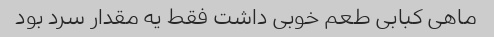
ماهی کبابی طعم خوبی داشت فقط یه مقدار سرد بود